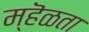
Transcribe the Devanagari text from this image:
म्हॆळता